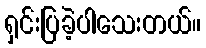
ရှင်းပြခဲ့ပါသေးတယ်။